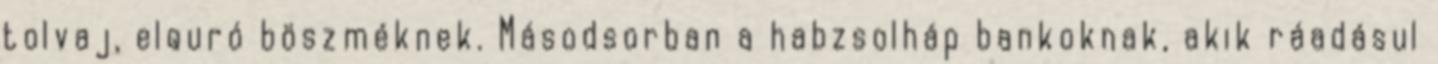
tolvaj, elquró böszméknek. Másodsorban a habzsolháp bankoknak, akik ráadásul